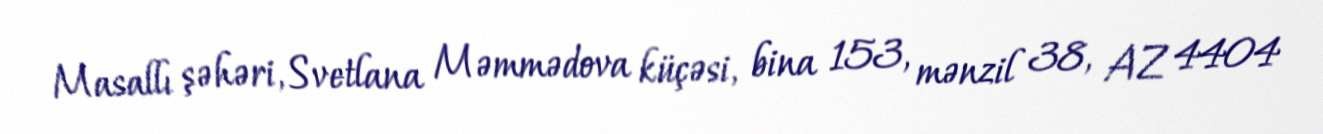
Masallı şəhəri, Svetlana Məmmədova küçəsi, bina 153, mənzil 38, AZ 4404